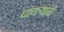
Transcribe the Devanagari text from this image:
पायर्‍यानी